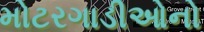
મોટરગાડીઓનો